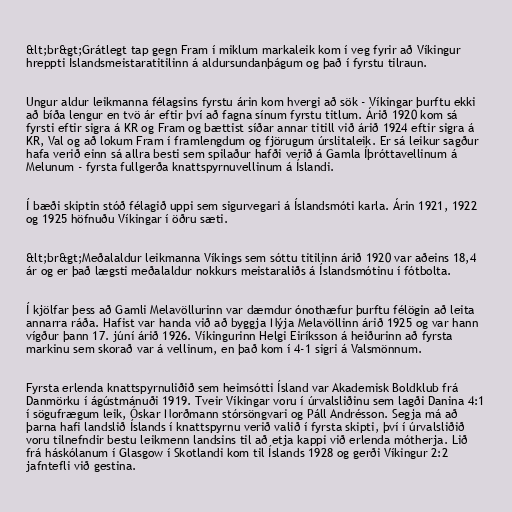
&lt;br&gt;Grátlegt tap gegn Fram í miklum markaleik kom í veg fyrir að Víkingur
hreppti Íslandsmeistaratitilinn á aldursundanþágum og það í fyrstu tilraun.

Ungur aldur leikmanna félagsins fyrstu árin kom hvergi að sök - Víkingar þurftu ekki
að bíða lengur en tvö ár eftir því að fagna sínum fyrstu titlum. Árið 1920 kom sá
fyrsti eftir sigra á KR og Fram og bættist síðar annar titill við árið 1924 eftir sigra á
KR, Val og að lokum Fram í framlengdum og fjörugum úrslitaleik. Er sá leikur sagður
hafa verið einn sá allra besti sem spilaður hafði verið á Gamla Íþróttavellinum á
Melunum - fyrsta fullgerða knattspyrnuvellinum á Íslandi.

Í bæði skiptin stóð félagið uppi sem sigurvegari á Íslandsmóti karla. Árin 1921, 1922
og 1925 höfnuðu Víkingar í öðru sæti.

&lt;br&gt;Meðalaldur leikmanna Víkings sem sóttu titilinn árið 1920 var aðeins 18,4
ár og er það lægsti meðalaldur nokkurs meistaraliðs á Íslandsmótinu í fótbolta.

Í kjölfar þess að Gamli Melavöllurinn var dæmdur ónothæfur þurftu félögin að leita
annarra ráða. Hafist var handa við að byggja Nýja Melavöllinn árið 1925 og var hann
vígður þann 17. júní árið 1926. Víkingurinn Helgi Eiríksson á heiðurinn að fyrsta
markinu sem skorað var á vellinum, en það kom í 4-1 sigri á Valsmönnum.

Fyrsta erlenda knattspyrnuliðið sem heimsótti Ísland var Akademisk Boldklub frá
Danmörku í ágústmánuði 1919. Tveir Víkingar voru í úrvalsliðinu sem lagði Danina 4:1
í sögufrægum leik, Óskar Norðmann stórsöngvari og Páll Andrésson. Segja má að
þarna hafi landslið Íslands í knattspyrnu verið valið í fyrsta skipti, því í úrvalsliðið
voru tilnefndir bestu leikmenn landsins til að etja kappi við erlenda mótherja. Lið
frá háskólanum í Glasgow í Skotlandi kom til Íslands 1928 og gerði Víkingur 2:2
jafntefli við gestina.